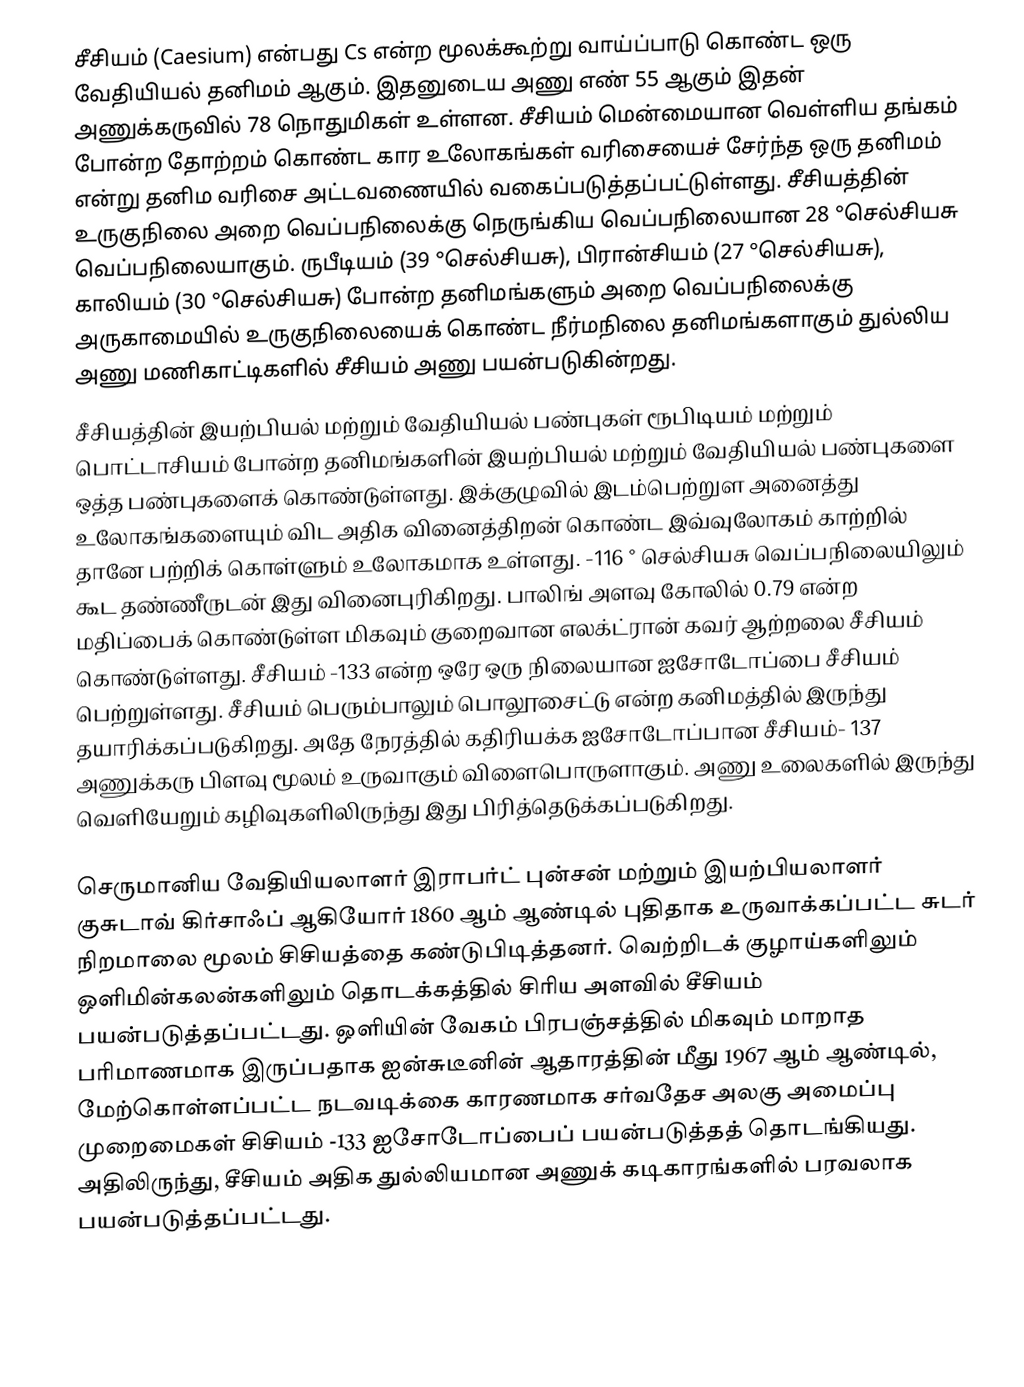
சீசியம் (Caesium) என்பது Cs என்ற மூலக்கூற்று வாய்ப்பாடு கொண்ட ஒரு வேதியியல் தனிமம் ஆகும். இதனுடைய அணு எண் 55 ஆகும் இதன் அணுக்கருவில் 78 நொதுமிகள் உள்ளன. சீசியம் மென்மையான வெள்ளிய தங்கம் போன்ற தோற்றம் கொண்ட கார உலோகங்கள் வரிசையைச் சேர்ந்த ஒரு தனிமம் என்று தனிம வரிசை அட்டவணையில் வகைப்படுத்தப்பட்டுள்ளது.  சீசியத்தின் உருகுநிலை அறை வெப்பநிலைக்கு நெருங்கிய வெப்பநிலையான 28 °செல்சியசு வெப்பநிலையாகும்.  ருபீடியம் (39 °செல்சியசு), பிரான்சியம் (27 °செல்சியசு), காலியம் (30 °செல்சியசு) போன்ற தனிமங்களும் அறை வெப்பநிலைக்கு அருகாமையில் உருகுநிலையைக் கொண்ட நீர்மநிலை தனிமங்களாகும்  துல்லிய அணு மணிகாட்டிகளில் சீசியம் அணு பயன்படுகின்றது.
சீசியத்தின் இயற்பியல் மற்றும் வேதியியல் பண்புகள் ரூபிடியம் மற்றும் பொட்டாசியம் போன்ற தனிமங்களின் இயற்பியல் மற்றும் வேதியியல் பண்புகளை ஒத்த பண்புகளைக் கொண்டுள்ளது.  இக்குழுவில் இடம்பெற்றுள அனைத்து உலோகங்களையும் விட அதிக வினைத்திறன் கொண்ட இவ்வுலோகம் காற்றில் தானே பற்றிக் கொள்ளும் உலோகமாக உள்ளது. -116 ° செல்சியசு வெப்பநிலையிலும் கூட தண்ணீருடன் இது வினைபுரிகிறது. பாலிங் அளவு கோலில்  0.79 என்ற மதிப்பைக் கொண்டுள்ள மிகவும் குறைவான எலக்ட்ரான் கவர் ஆற்றலை சீசியம் கொண்டுள்ளது. சீசியம் -133 என்ற ஒரே ஒரு நிலையான ஐசோடோப்பை சீசியம் பெற்றுள்ளது. சீசியம் பெரும்பாலும் பொலூசைட்டு என்ற கனிமத்தில் இருந்து தயாரிக்கப்படுகிறது. அதே நேரத்தில் கதிரியக்க ஐசோடோப்பான சீசியம்- 137 அணுக்கரு பிளவு மூலம் உருவாகும் விளைபொருளாகும். அணு உலைகளில் இருந்து வெளியேறும் கழிவுகளிலிருந்து இது  பிரித்தெடுக்கப்படுகிறது.

செருமானிய வேதியியலாளர் இராபர்ட் புன்சன் மற்றும் இயற்பியலாளர் குசுடாவ் கிர்சாஃப் ஆகியோர் 1860 ஆம் ஆண்டில் புதிதாக உருவாக்கப்பட்ட சுடர் நிறமாலை மூலம் சிசியத்தை கண்டுபிடித்தனர். வெற்றிடக் குழாய்களிலும் ஒளிமின்கலன்களிலும் தொடக்கத்தில் சிரிய அளவில் சீசியம் பயன்படுத்தப்பட்டது. ஒளியின் வேகம் பிரபஞ்சத்தில் மிகவும் மாறாத பரிமாணமாக இருப்பதாக ஐன்சுடீனின் ஆதாரத்தின் மீது 1967 ஆம் ஆண்டில், மேற்கொள்ளப்பட்ட நடவடிக்கை காரணமாக சர்வதேச அலகு அமைப்பு முறைமைகள் சிசியம் -133 ஐசோடோப்பைப் பயன்படுத்தத் தொடங்கியது. அதிலிருந்து, சீசியம் அதிக துல்லியமான அணுக் கடிகாரங்களில் பரவலாக பயன்படுத்தப்பட்டது.

1990